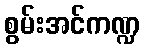
စွမ်းအင်ကဏ္ဍ